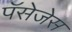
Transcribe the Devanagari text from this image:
पॅसेजेस